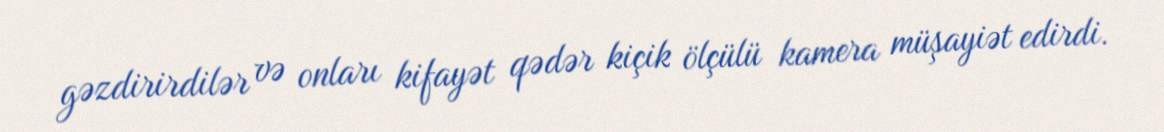
gəzdirirdilər və onları kifayət qədər kiçik ölçülü kamera müşayiət edirdi.